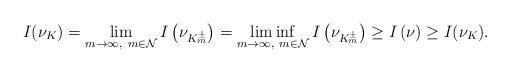
LaTeX: \begin{align*}I(\nu_{K})=\lim_{m\rightarrow\infty,\ m\in {\mathcal{N}}}I\left(\nu_{K_m^{\pm}}\right)=\liminf_{m\rightarrow\infty,\ m\in {\mathcal{N}}}I\left(\nu_{K_m^{\pm}}\right)\geq I\left(\nu\right)\geq I(\nu_{K}).\end{align*}